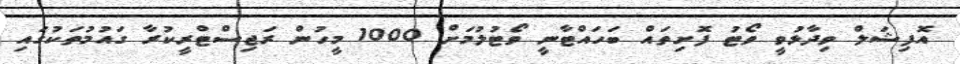
އޮފިޝަލް ވިދާޅުވީ ވޯޓު ފޮށިތައް ބަހައްޓާނީ ވޯޓުލުމަށް 1000 މީހުން ރަޖިސްޓްރީކުރާ ގައުމުތަކުގައި